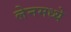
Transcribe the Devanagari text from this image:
लेनमध्ये